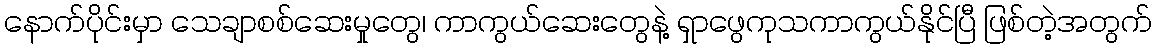
နောက်ပိုင်းမှာ သေချာစစ်ဆေးမှုတွေ၊ ကာကွယ်ဆေးတွေနဲ့ ရှာဖွေကုသကာကွယ်နိုင်ပြီ ဖြစ်တဲ့အတွက်